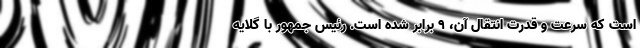
است که سرعت و قدرت انتقال آن، ۹ برابر شده است. رئیس جمهور با گلایه